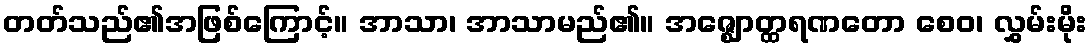
တတ်သည်၏အဖြစ်ကြောင့်။ အာသာ၊ အာသာမည်၏။ အဇ္ဈောတ္ထရဏတော စေဝ၊ လွှမ်းမိုး